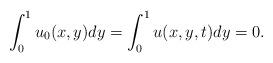
LaTeX: \begin{align*} \int_{0}^{1} u_{0}(x,y) dy = \int_{0}^{1} u(x,y,t) dy= 0. \end{align*}